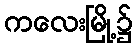
ကလေးမြို့၌